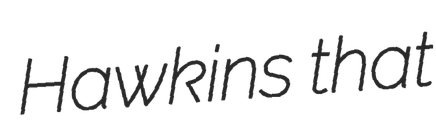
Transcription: Hawkins that